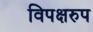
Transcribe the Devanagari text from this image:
विपक्षरुप